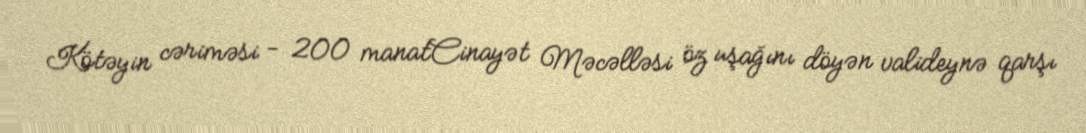
Kötəyin cəriməsi - 200 manatCinayət Məcəlləsi öz uşağını döyən valideynə qarşı